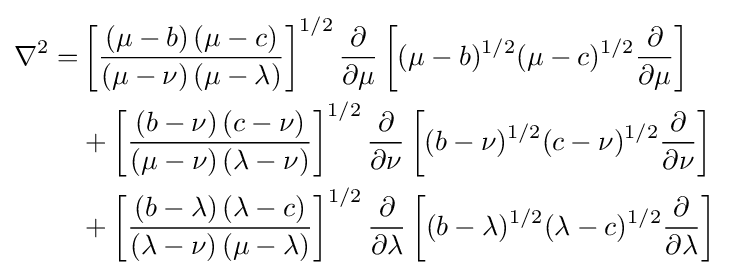
{\begin{aligned}\nabla ^{2}=&\left[{\frac {\left(\mu -b\right)\left(\mu -c\right)}{\left(\mu -\nu \right)\left(\mu -\lambda \right)}}\right]^{1/2}{\frac {\partial }{\partial \mu }}\left[(\mu -b)^{1/2}(\mu -c)^{1/2}{\frac {\partial }{\partial \mu }}\right]\\&+\left[{\frac {\left(b-\nu \right)\left(c-\nu \right)}{\left(\mu -\nu \right)\left(\lambda -\nu \right)}}\right]^{1/2}{\frac {\partial }{\partial \nu }}\left[(b-\nu )^{1/2}(c-\nu )^{1/2}{\frac {\partial }{\partial \nu }}\right]\\&+\left[{\frac {\left(b-\lambda \right)\left(\lambda -c\right)}{\left(\lambda -\nu \right)\left(\mu -\lambda \right)}}\right]^{1/2}{\frac {\partial }{\partial \lambda }}\left[(b-\lambda )^{1/2}(\lambda -c)^{1/2}{\frac {\partial }{\partial \lambda }}\right]\end{aligned}}